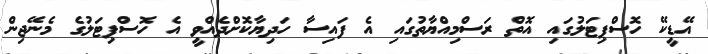
އޭޑީކޭ ހޮސްޕިޓަލުގައި އޮތް ރަސްމިއްޔާތުގައި އެ ފައިސާ ހަދިޔާކޮށްދެއްވީ އެ ހޮސްޕިޓަލުގެ މެނޭޖިން